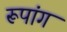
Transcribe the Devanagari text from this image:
रूपांग